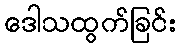
ဒေါသထွက်ခြင်း